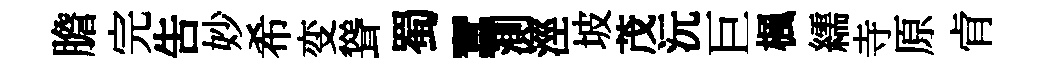
膽完告妙希变聳蜀蠶測涇坡茂沅巨楓繻寺原肻